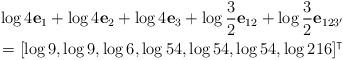
LaTeX: \begin{align*}&\log 4 \mathbf{e}_1+\log 4\mathbf{e}_2+\log 4\mathbf{e}_3+\log \frac{3}{2} \mathbf{e}_{12}+\log \frac{3}{2} \mathbf{e}_{123'}\\&=[\log 9,\log 9,\log 6,\log 54,\log 54,\log 54,\log 216]^\intercal\end{align*}